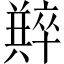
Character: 𠧆